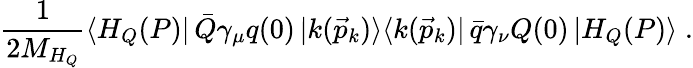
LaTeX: \frac{1}{2M_{H_{Q}}}\langle H_{Q}(P)|\, \bar{Q}\gamma_{\mu}q(0)\, |k(\vec{p}_{k})\rangle\langle k(\vec{p}_{k})|\, \bar{q}\gamma_{\nu}Q(0)\, |H_{Q}(P)\rangle\; .